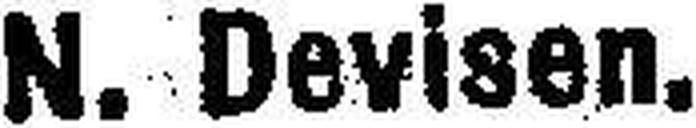
N. Devisen.